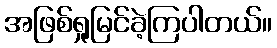
အဖြစ်ရှုမြင်ခဲ့ကြပါတယ်။